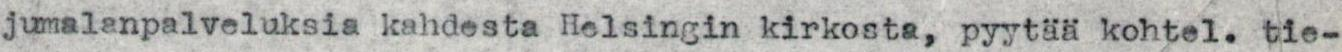
jumalanpalveluksia kahdesta Helsingin kirkosta, pyytää kohtel. tie-